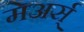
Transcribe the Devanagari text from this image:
मेअर्स्